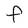
Character: f